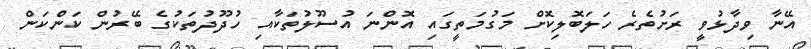
އޭނާ ވިދާޅުވީ ރަށުތެރެ ހަލަބޮލިކޮށް މަގުމަތީގައި އޮންނަ އުސޫލުތަކާއި ހުދޫދުތަކުގެ ބޭރުން ކަންކަން